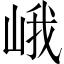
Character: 峨